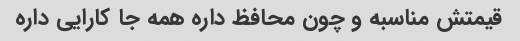
قیمتش مناسبه و چون محافظ داره همه جا کارایی داره